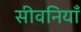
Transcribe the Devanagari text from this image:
सीवनियाँ